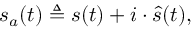
s _ { a } ( t ) \triangleq s ( t ) + i \cdot { \hat { s } } ( t ) ,